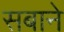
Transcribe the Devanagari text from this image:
सबाने